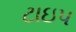
ટાઇપ